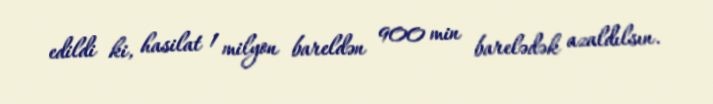
edildi ki, hasilat 1 milyon bareldən 900 min barelədək azaldılsın.